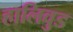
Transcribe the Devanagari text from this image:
हालिवुड